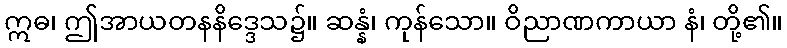
ဣဓ၊ ဤအာယတနနိဒ္ဒေသ၌။ ဆန္နံ၊ ကုန်သော။ ဝိညာဏကာယာ နံ၊ တို့၏။